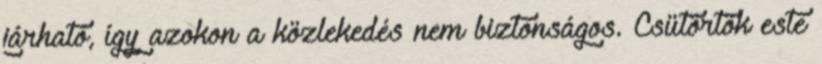
járható, így azokon a közlekedés nem biztonságos. Csütörtök este